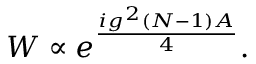
W \propto e ^ { \frac { i g ^ { 2 } ( N - 1 ) { \cal A } } { 4 } } .